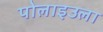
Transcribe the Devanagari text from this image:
पोलाइउला